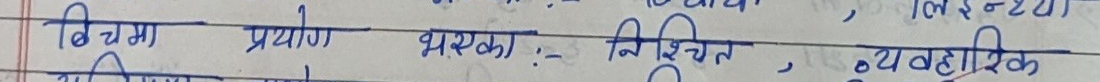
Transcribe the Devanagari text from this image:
विचमा प्रयोग भएका निश्चित, व्यवहारिक